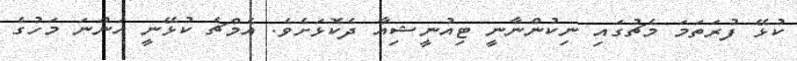
ކުޅޭ ފުރަތަމަ މެޗުގައި ނިކުންނާނީ ޓިއުނީޝިއާ ދެކޮޅަށެވެ. އެމްޗެ ކުޅޭނީ އަންނަ މަހުގެ